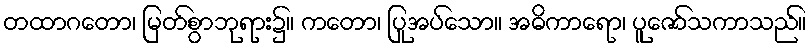
တထာဂတော၊ မြတ်စွာဘုရား၌။ ကတော၊ ပြုအပ်သော။ အဓိကာရော၊ ပူဇော်သကာသည်။